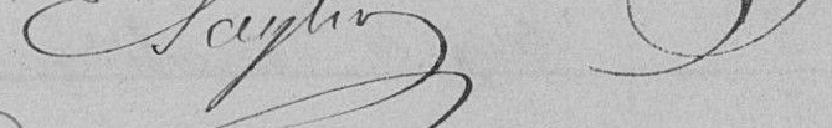
?????????????                                                 ???????????